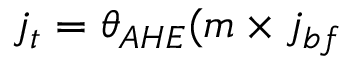
j _ { t } = \theta _ { A H E } ( m \times j _ { b f }